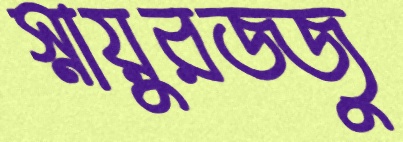
স্নায়ুরজ্জু